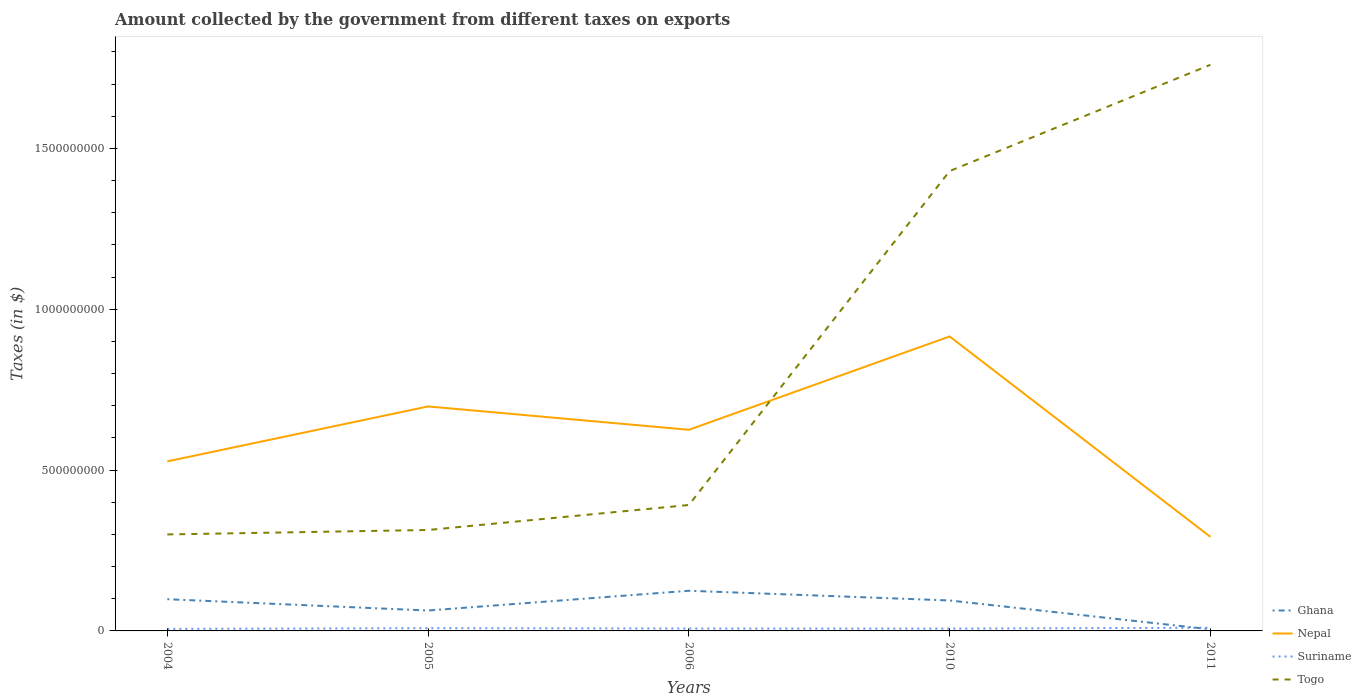
| Years | Ghana | Nepal | Suriname | Togo |
 | --- | --- | --- | --- | --- |
 | 2004 | 9.86e+07 | 5.27e+08 | 6.3e+06 | 3e+08 |
 | 2005 | 6.34e+07 | 6.98e+08 | 8.52e+06 | 3.14e+08 |
 | 2006 | 1.25e+08 | 6.25e+08 | 7.49e+06 | 3.91e+08 |
 | 2010 | 9.47e+07 | 9.15e+08 | 7.16e+06 | 1.43e+09 |
 | 2011 | 5e+06 | 2.92e+08 | 9.93e+06 | 1.76e+09 |